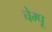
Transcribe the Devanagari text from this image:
चेम्पू